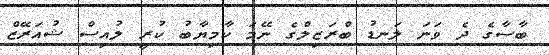
ބާސާގެ ދެ ވަނަ ލަނޑު ބްރަޒިލްގެ ނޭމަ ކާމިޔާބު ކުރީ ލުއިސް ޝުއަރޭޒް